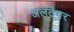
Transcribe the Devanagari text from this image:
अलटेयर